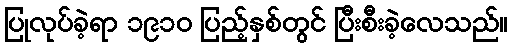
ပြုလုပ်ခဲ့ရာ ၁၉၁၀ ပြည့်နှစ်တွင် ပြီးစီးခဲ့လေသည်။